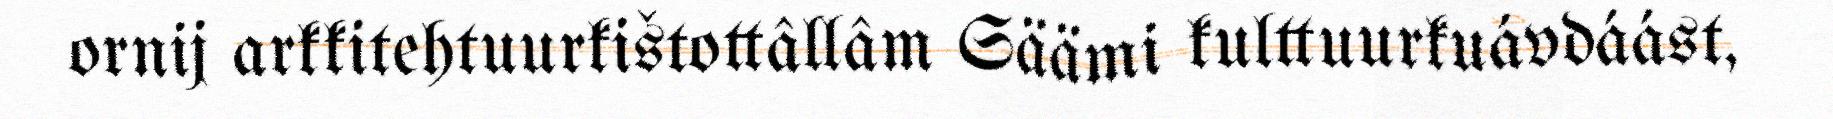
ornij arkkitehtuurkištottâllâm Säämi kulttuurkuávdáást,